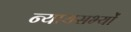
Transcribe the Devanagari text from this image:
न्यायसभ्यों